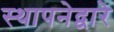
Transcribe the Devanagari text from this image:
स्थापनेद्वारे